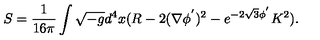
S = \frac { 1 } { 1 6 \pi } \int \sqrt { - g } d ^ { 4 } x ( R - 2 ( \nabla \phi ^ { ' } ) ^ { 2 } - e ^ { - 2 \sqrt { 3 } \phi ^ { ' } } K ^ { 2 } ) .